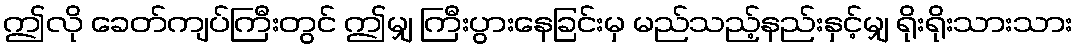
ဤလို ခေတ်ကျပ်ကြီးတွင် ဤမျှ ကြီးပွားနေခြင်းမှ မည်သည့်နည်းနှင့်မျှ ရိုးရိုးသားသား